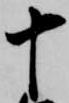
十